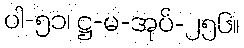
ပါ-၅၁၊ ဋ္ဌ-မ-အုပ်-၂၅၆။